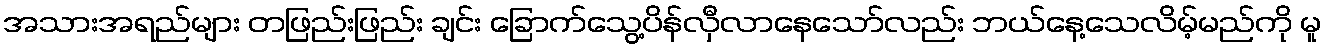
အသားအရည်များ တဖြည်းဖြည်း ချင်း ခြောက်သွေ့ပိန်လှီလာနေသော်လည်း ဘယ်နေ့သေလိမ့်မည်ကို မူ